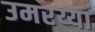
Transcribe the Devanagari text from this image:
उमरय्या